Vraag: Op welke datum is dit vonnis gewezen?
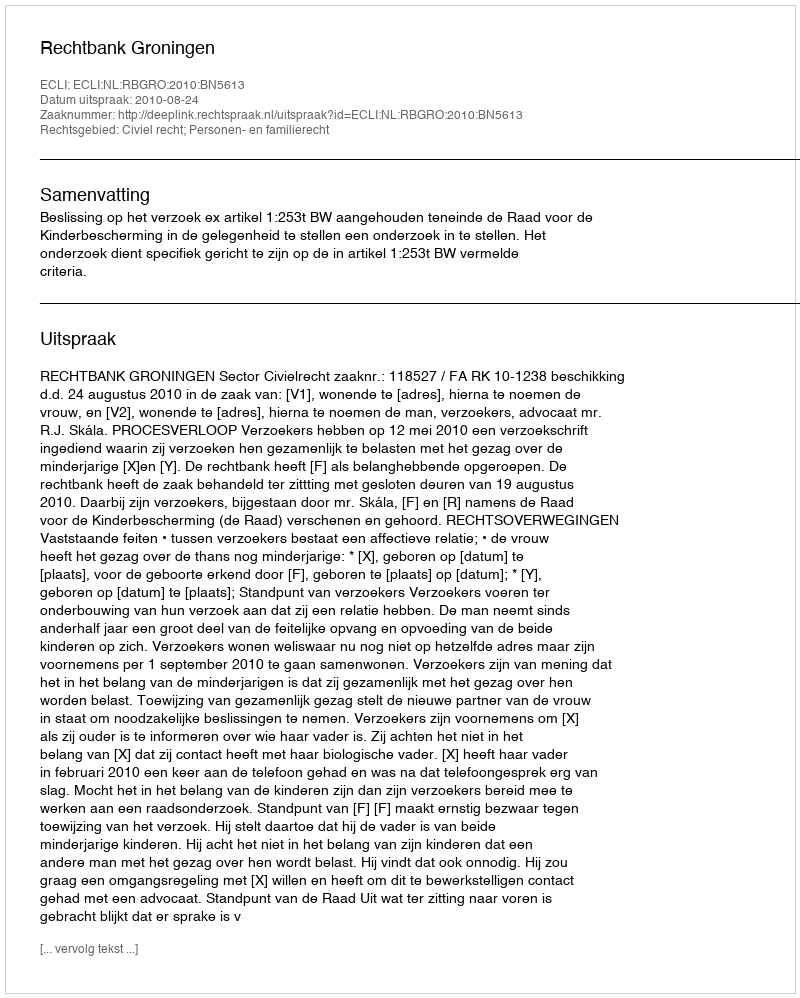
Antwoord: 2010-08-24